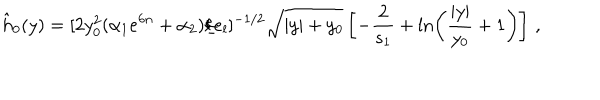
LaTeX: \hat { h } _ { 0 } ( y ) = [ 2 y _ { 0 } ^ { 2 } ( \alpha _ { 1 } e ^ { 6 n } + \alpha _ { 2 } ) / e _ { l } ] ^ { - 1 / 2 } \sqrt { | y | + y _ { 0 } } \left[ - { \frac { 2 } { s _ { 1 } } } + \ln \left( { \frac { | y | } { y _ { 0 } } } + 1 \right) \right] \, ,